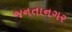
જનતાનગર